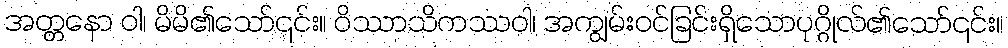
အတ္တနော ဝါ၊ မိမိ၏သော်၎င်း။ ဝိဿာသိကဿဝါ၊ အကျွမ်းဝင်ခြင်းရှိသောပုဂ္ဂိုလ်၏သော်၎င်း။